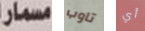
مسمار تاوب أي